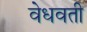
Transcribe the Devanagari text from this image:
वेधवती